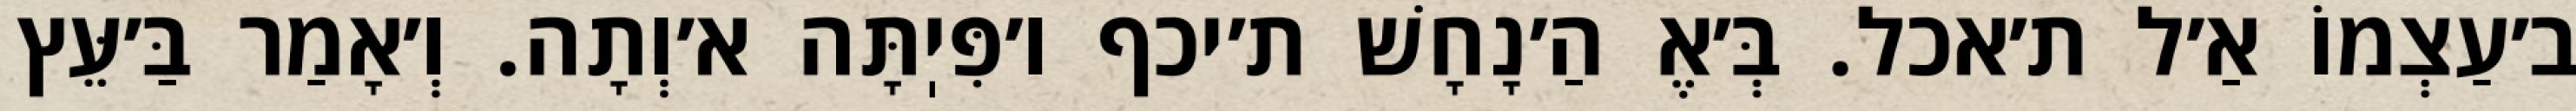
ב׳עַצְמוֹ אַ׳ל ת׳אכל. בְּ׳אֶ הַ׳נָחָשׁ ת׳יכף ו׳פִּיֽתָּה א׳וְתָה. וְ׳אָמַר בַּ׳עֵּץ